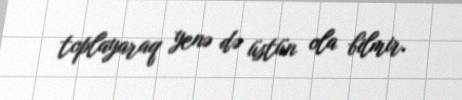
toplayaraq yenə də üstün ola bilmir.